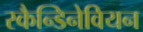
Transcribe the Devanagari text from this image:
स्कैन्डिनेवियन